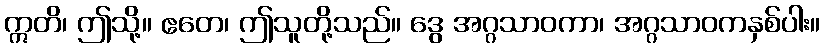
ဣတိ၊ ဤသို့။ ဧတေ၊ ဤသူတို့သည်။ ဒွေ အဂ္ဂသာဝကာ၊ အဂ္ဂသာဝကနှစ်ပါး။